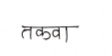
मजकूर: टकवा